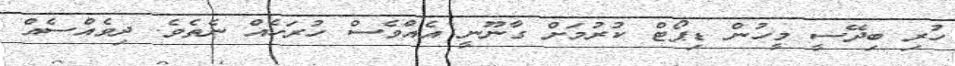
ހުރި ބިދޭސީ މީހުން ޑިޕޯޓް ކުރުމަށް ގާނޫނީ އެއްވެސް ހުރަހެއް ނެތެވެ. ދިވެއްސެއް